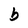
Character: b